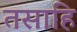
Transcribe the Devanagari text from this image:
तसाहि